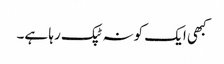
کبھی ایک کونہ ٹپک رہا ہے۔